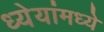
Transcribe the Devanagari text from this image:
ध्येयांमध्ये